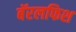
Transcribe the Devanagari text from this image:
बॅरलफिश